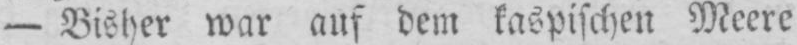
- Bisher war auf dem kaspischen Meere